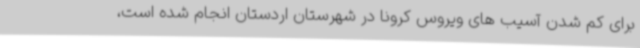
برای کم شدن آسیب های ویروس کرونا در شهرستان اردستان انجام شده است،